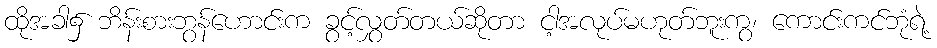
ထိုအခါ၌ ဘိန်းစားဘွန်ဟောင်းက ခွင့်လွှတ်တယ်ဆိုတာ ငါ့အလုပ်မဟုတ်ဘူးကွ၊ ကောင်းကင်ဘုံရဲ့